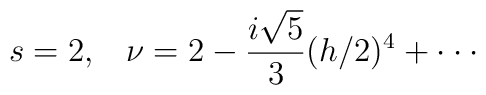
s=2,\;\;\;\nu=2-\frac{i\sqrt{5}}{3}(h/2)^4+\cdot\cdot\cdot